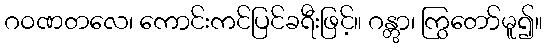
ဂဝဏတလေ၊ ကောင်းကင်ပြင်ခရီးဖြင့်။ ဂန္တွာ၊ ကြွတော်မူ၍။